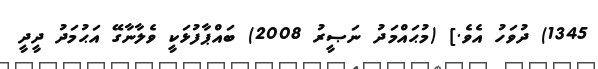
1345) ދުވަހު އެވެ.] (މުޙައްމަދު ނަޞީރު 2008) ބައްޕާފުޅަކީ ވެލާނާގޭ އަޙުމަދު ދީދީ